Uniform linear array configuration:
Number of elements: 16
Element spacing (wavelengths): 0.25
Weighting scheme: uniform
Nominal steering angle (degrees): -30
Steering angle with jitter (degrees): -31.798
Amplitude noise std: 0.05
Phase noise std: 0.05

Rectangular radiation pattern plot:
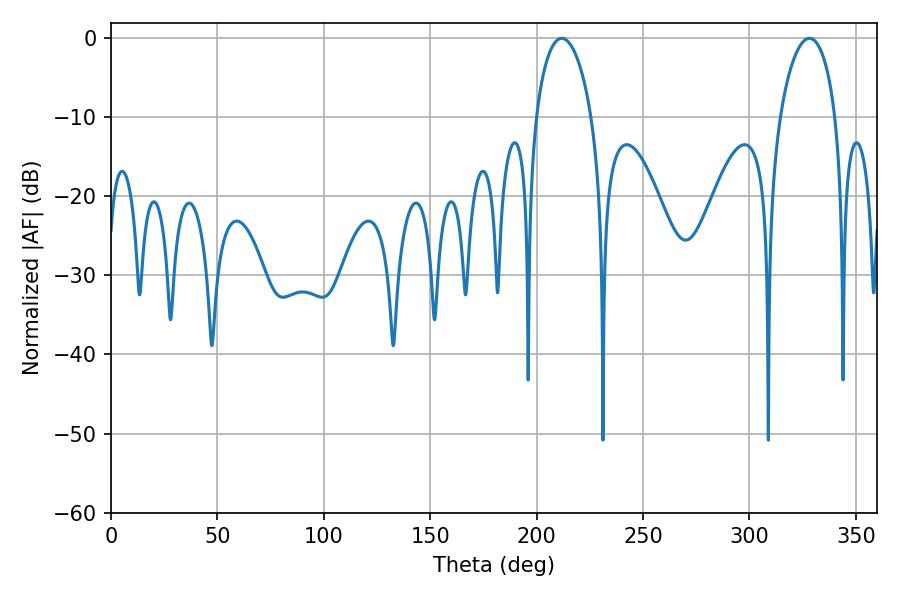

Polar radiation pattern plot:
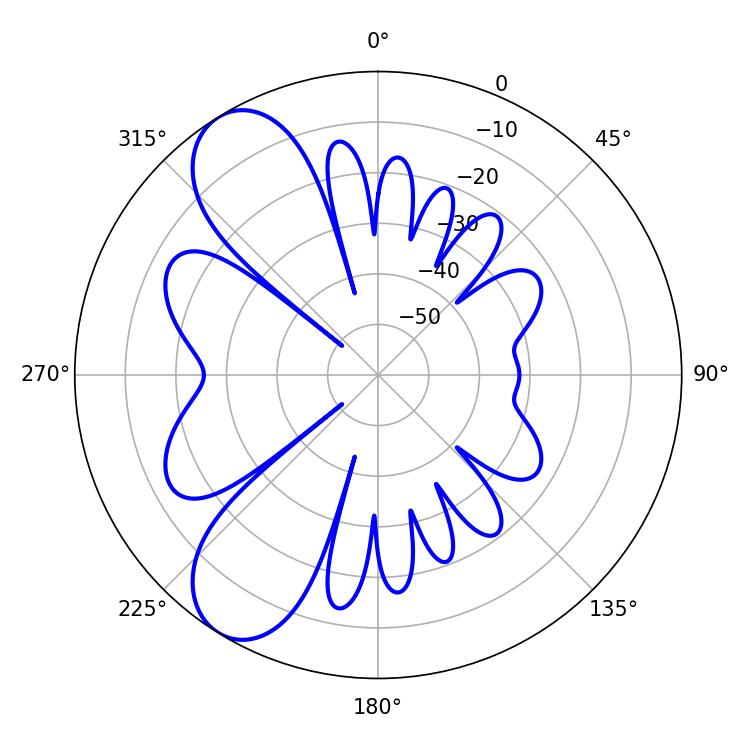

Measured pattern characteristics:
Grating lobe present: FALSE
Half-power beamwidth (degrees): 14.94
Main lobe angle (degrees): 211.86